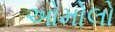
ઓમોલો